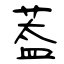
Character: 葢